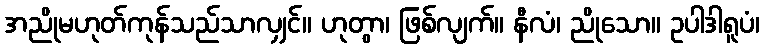
အညိုမဟုတ်ကုန်သည်သာလျှင်။ ဟုတွာ၊ ဖြစ်လျက်။ နီလံ၊ ညိုသော။ ဥပါဒါရူပံ၊